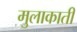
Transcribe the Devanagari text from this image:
मुलाकाती